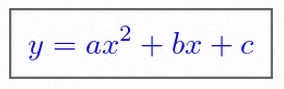
y=ax^2+bx+c